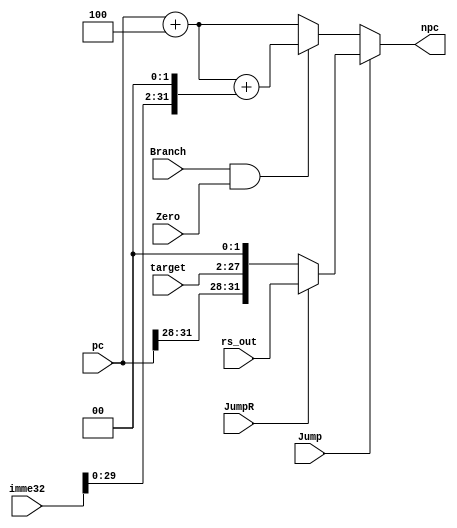

//////////////////////////////////////////////////////////////////////////////////
// Company: 
// Engineer: 
// 
// Design Name: 
// Module Name:    npc 
// Project Name: 
// Target Devices: 
// Tool versions: 
// Description: 
//
// Dependencies: 
//
// Revision: 
// Revision 0.01 - File Created
// Additional Comments: 
//
//////////////////////////////////////////////////////////////////////////////////
module npc(pc,imme32,target,npc,Branch,Zero,Jump,JumpR,rs_out
    );
	 input [31:0]pc;
	 input [31:0]imme32;
	 input [25:0]target;
	 input Branch;
	 input Zero;
	 input Jump;
	 input JumpR;
	 output [31:0]npc;
	 input [31:0]rs_out;
	 
	 //always@(pc or imme32 or target or Branch or Zero or Jump)
	 //begin
	assign npc=Jump?(JumpR ? (rs_out) : ({pc[31:28],target[25:0],2'b00}) ):((Branch&&Zero)?(pc+4+(imme32<<2)):(pc+4));
	// end


endmodule